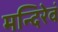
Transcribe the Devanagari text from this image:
मन्दिरेवं